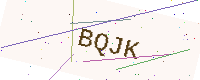
Text: BQJK